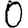
Digit: 0